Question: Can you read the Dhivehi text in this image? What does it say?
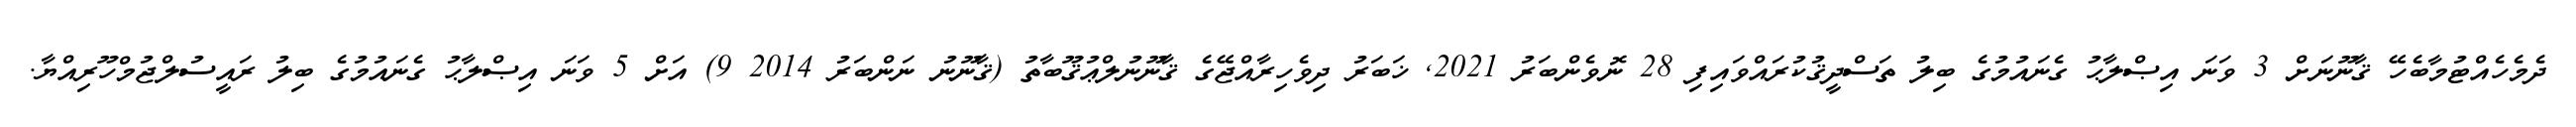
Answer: ދެމެހެއްޓުމާބެހޭ ޤާނޫނަށް 3 ވަނަ އިޞްލާޙު ގެނައުމުގެ ބިލު ތަސްދީޤުކުރައްވައިފި 28 ނޮވެންބަރު 2021, ޚަބަރު ދިވެހިރާއްޖޭގެ ޤާނޫނުލްޢުޤޫބާތު (ޤާނޫނު ނަންބަރު 2014 9) އަށް 5 ވަނަ އިޞްލާޙު ގެނައުމުގެ ބިލު ރައީސުލްޖުމްހޫރިއްޔާ.